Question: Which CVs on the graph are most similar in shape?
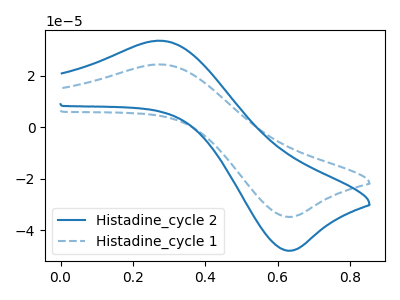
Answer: <think>The blue curve "Histadine_cycle 2" has an anodic peak at (0.30V, 33.70uA) and a cathodic peak at (0.65V, -48.00uA). The blue dashed curve "Histadine_cycle 1" has an anodic peak at (0.30V, 24.45uA) and a cathodic peak at (0.65V, -34.85uA).
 All the peaks in "Histadine_cycle 2" have a peak in "Histadine_cycle 1" at the same potential. Every peak in "Histadine_cycle 2" is higher than every peak in "Histadine_cycle 1".</think>
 <answer>"Histadine_cycle 1" and "Histadine_cycle 2" have the same shape and are likely CV's of the same chemical.</answer>
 <eval>"Histadine_cycle 1" "Histadine_cycle 2"</eval>